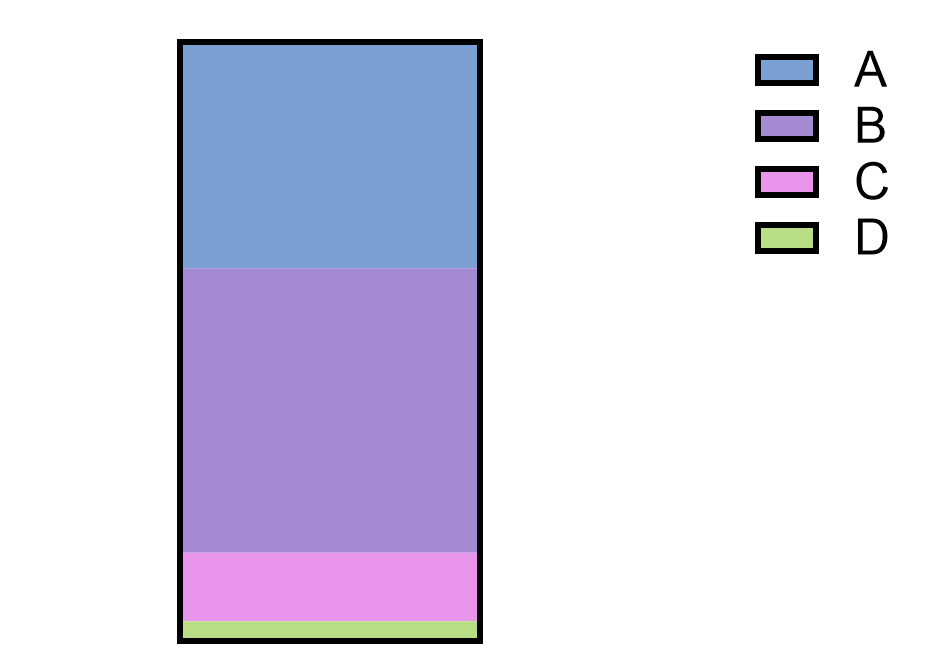
graphpad,parts of whole, verticle slice